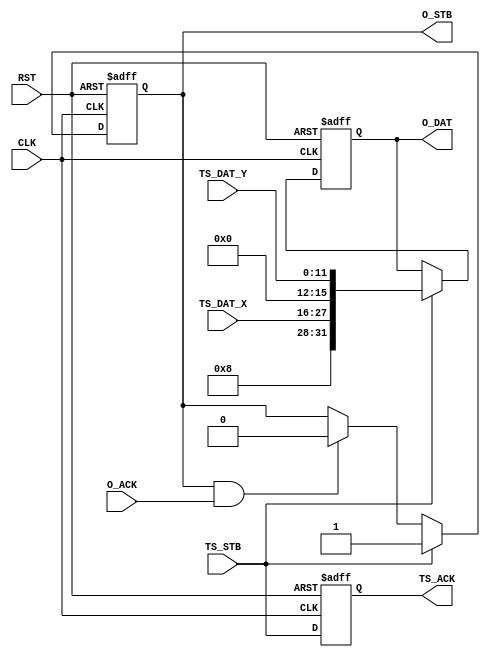
//=============================================================================
// Main contributors
//  - Jakub  Siast        <mailto:jsiast@multimedia.edu.pl>
//  - Maciej Kurc         <mailto:mkurc@multimedia.edu.pl>
//=============================================================================
`default_nettype none
`timescale 1 ns / 1 ps
//-----------------------------------------------------------------------------
module touchscreen_iface
(
// Clocking
input wire              CLK,
input wire              RST,

// Input
input  wire             TS_STB,     // Do modulu touchscreen_box
output wire             TS_ACK,
input  wire [11:0]      TS_DAT_X,
input  wire [11:0]      TS_DAT_Y,

// Output
output wire             O_STB,
input  wire             O_ACK,
output wire [31:0]      O_DAT       // 0000 XXXX XXXX XXXX 0000 YYYY YYYY YYYY
);
//-----------------------------------------------------------------------------
// Variables
reg             ts_ack_;
//-----------------------------------------------------------------------------
reg             o_stb_;
reg  [31:0]     o_dat_;
//-----------------------------------------------------------------------------
// Input
// ts_ack
always @(negedge CLK or posedge RST)
    if(RST)         ts_ack_ <= 0;
    else            ts_ack_ <= TS_STB;
//-----------------------------------------------------------------------------
// Output
assign TS_ACK = ts_ack_;
//-----------------------------------------------------------------------------
// Output
// o_stb
always @(posedge CLK or posedge RST)
    if(RST)                     o_stb_ <= 0;
    else if(         TS_STB)    o_stb_ <= 1;
    else if( o_stb_ & O_ACK)    o_stb_ <= 0;
//-----------------------------------------------------------------------------
// o_dat
always @(posedge CLK or posedge RST)
    if(RST)                     o_dat_ <= 0;
    else if(TS_STB)             o_dat_ <= {4'd8, TS_DAT_X, 4'd0, TS_DAT_Y};
//-----------------------------------------------------------------------------
// Output
assign O_STB = o_stb_;
assign O_DAT = o_dat_;
//-----------------------------------------------------------------------------
endmodule